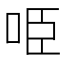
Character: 𠱸